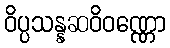
ဝိပ္ပသန္နဆဝိဝဏ္ဏော